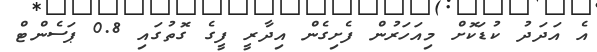
އެ އަދަދު ކުޑަކޮށް މިިއަހަރުން ފެށިގެން އިދާރީ ފީގެ ގޮތުގައި 0.8 ޕަސެންޓް